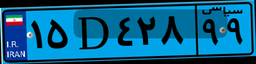
۱۵D۴۲۸۹۹